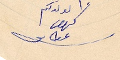
لولدكم  كروجر عطالله